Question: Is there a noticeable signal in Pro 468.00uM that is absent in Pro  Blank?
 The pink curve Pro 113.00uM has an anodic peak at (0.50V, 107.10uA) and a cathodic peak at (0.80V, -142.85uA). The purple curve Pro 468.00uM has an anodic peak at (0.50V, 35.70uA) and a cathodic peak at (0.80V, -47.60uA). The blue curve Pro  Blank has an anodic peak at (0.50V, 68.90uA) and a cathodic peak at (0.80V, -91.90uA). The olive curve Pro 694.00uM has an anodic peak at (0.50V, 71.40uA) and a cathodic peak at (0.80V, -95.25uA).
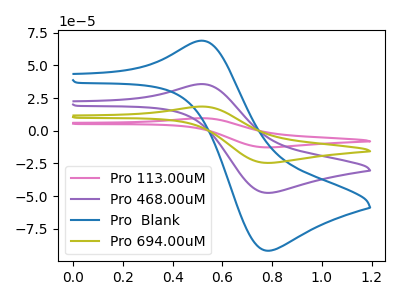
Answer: <think>All the peaks in "Pro 468.00uM" have a peak in "Pro  Blank" at the same potential. Every peak in "Pro 468.00uM" is lower than every peak in "Pro  Blank".
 </think>
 <answer>No, "Pro 468.00uM" and "Pro  Blank" don't appear to be significantly different in shape</answer>
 <eval>no_change</eval>